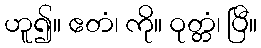
ဟူ၍။ ဧတံ၊ ကို။ ဝုတ္တံ၊ ပြီ။